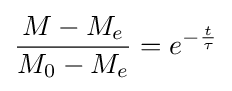
{\frac {M-M_{e}}{M_{0}-M_{e}}}=e^{-{\frac {t}{\tau }}}